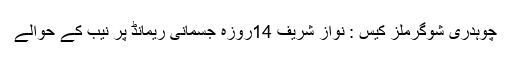
چوہدری شوگرملز کیس : نواز شریف 14روزہ جسمانی ریمانڈ پر نیب کے حوالے